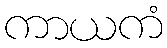
ကာယကံ